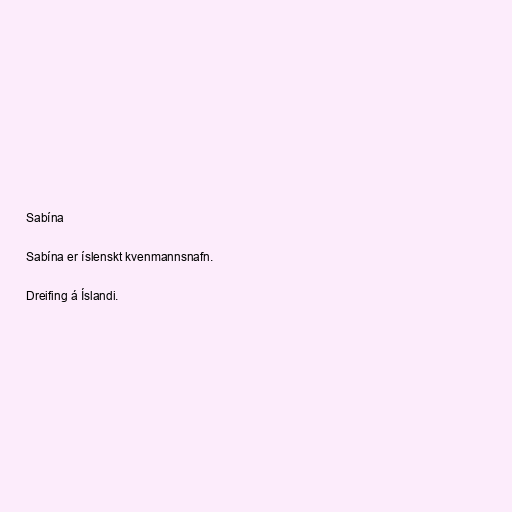
Sabína

Sabína er íslenskt kvenmannsnafn.

Dreifing á Íslandi.